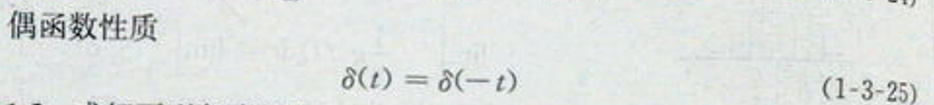
偶函数性质
\[
\delta(t)=\delta(-t) \quad (1 - 3 - 25)
\]